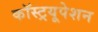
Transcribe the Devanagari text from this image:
कॉस्ट्रयूपेशन